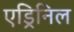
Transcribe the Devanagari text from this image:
एड्रिनिल